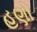
હણો